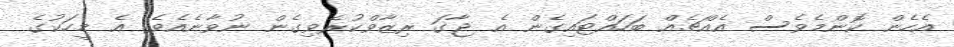
އެހެން ކޮންމެވެސް އެއްޗެއް ބަހައްޓައިގެން އެ ޖާގަ ރިޒާވްކުރެވިގެން ނުވާނެއެވެ. އެ މީހަކުގެ